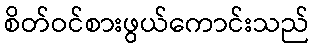
စိတ်ဝင်စားဖွယ်ကောင်းသည်